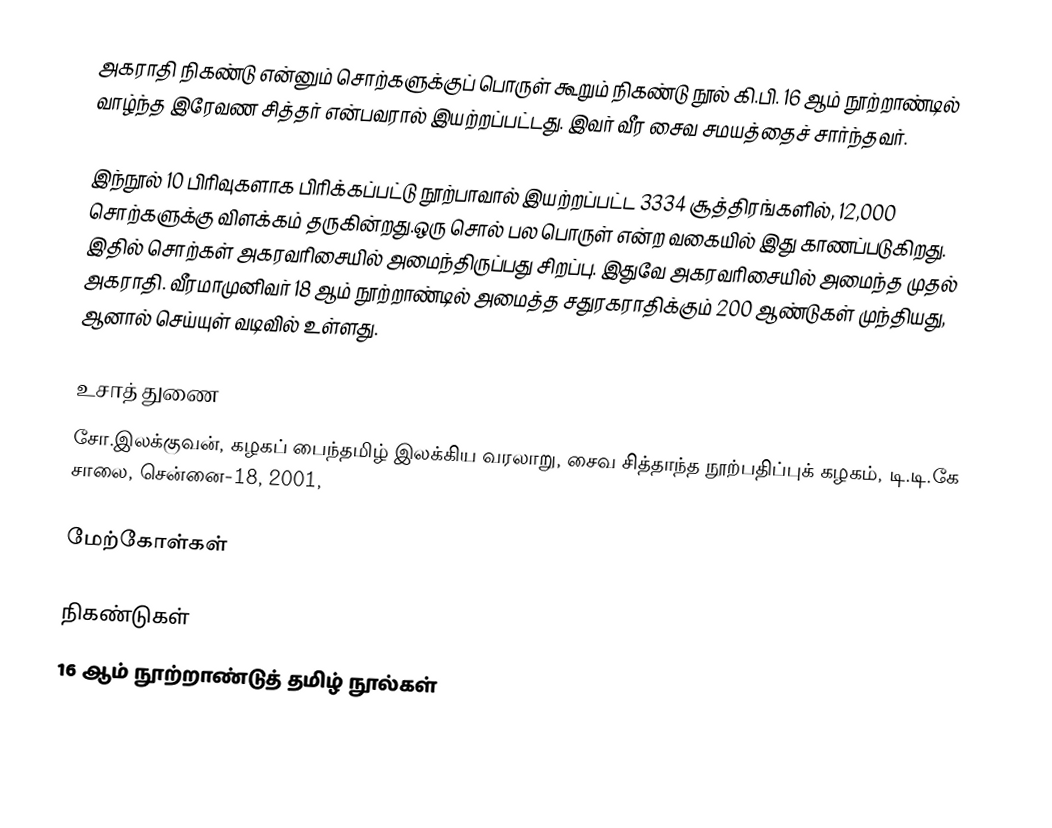
அகராதி நிகண்டு என்னும் சொற்களுக்குப் பொருள் கூறும் நிகண்டு நூல் கி.பி. 16 ஆம் நூற்றாண்டில் வாழ்ந்த இரேவண சித்தர் என்பவரால் இயற்றப்பட்டது.  இவர் வீர சைவ சமயத்தைச் சார்ந்தவர்.

இந்நூல் 10 பிரிவுகளாக பிரிக்கப்பட்டு நூற்பாவால் இயற்றப்பட்ட 3334 சூத்திரங்களில், 12,000 சொற்களுக்கு விளக்கம் தருகின்றது.ஒரு சொல் பல பொருள் என்ற வகையில் இது காணப்படுகிறது. இதில் சொற்கள் அகரவரிசையில் அமைந்திருப்பது சிறப்பு. இதுவே அகரவரிசையில் அமைந்த முதல் அகராதி. வீரமாமுனிவர் 18 ஆம் நூற்றாண்டில் அமைத்த சதுரகராதிக்கும் 200 ஆண்டுகள் முந்தியது, ஆனால் செய்யுள் வடிவில் உள்ளது.

உசாத் துணை
சோ.இலக்குவன், கழகப் பைந்தமிழ் இலக்கிய வரலாறு, சைவ சித்தாந்த நூற்பதிப்புக் கழகம், டி.டி.கே சாலை, சென்னை-18, 2001,

மேற்கோள்கள்

நிகண்டுகள்
16 ஆம் நூற்றாண்டுத் தமிழ் நூல்கள்